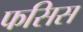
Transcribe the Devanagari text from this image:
फसिस